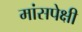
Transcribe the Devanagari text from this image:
मांसपेक्षी